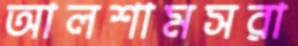
আলশামসরা